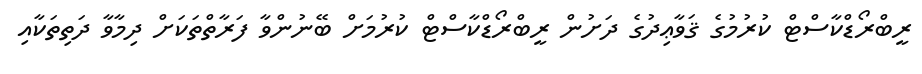
ރީބްރޯޑްކާސްޓް ކުރުމުގެ ޤަވާޢިދުގެ ދަށުން ރީބްރޯޑްކާސްޓް ކުރުމަށް ބޭނުންވާ ފަރާތްތަކަށް ދިމާވާ ދަތިތަކާއި